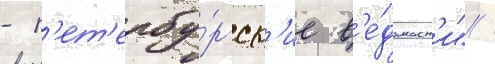
- п'ет'ербу́ргск'ие в'е́домост'и" /